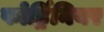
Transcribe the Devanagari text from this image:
फोर्ड्रिनियर